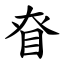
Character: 眘